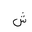
Letter: _shin